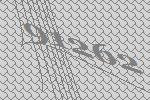
91262